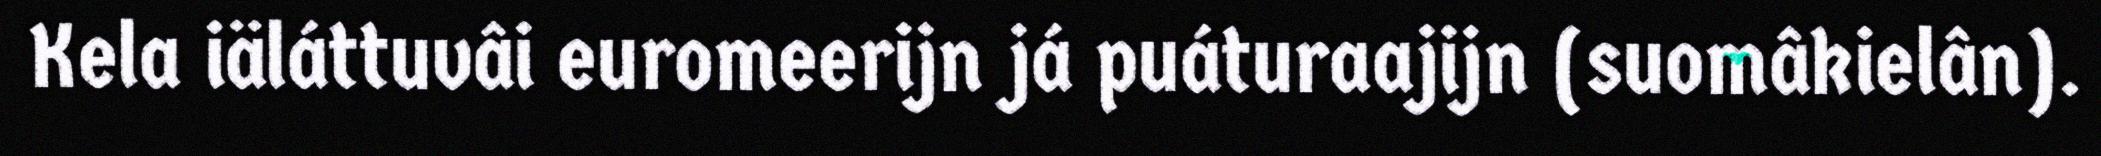
Kela iäláttuvâi euromeerijn já puáturaajijn (suomâkielân).